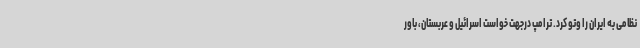
نظامی به ایران را وتو کرد. ترامپ درجهت خواست اسرائیل و عربستان، باور